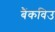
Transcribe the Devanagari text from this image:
बैंकविउ